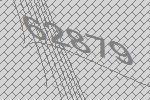
62879